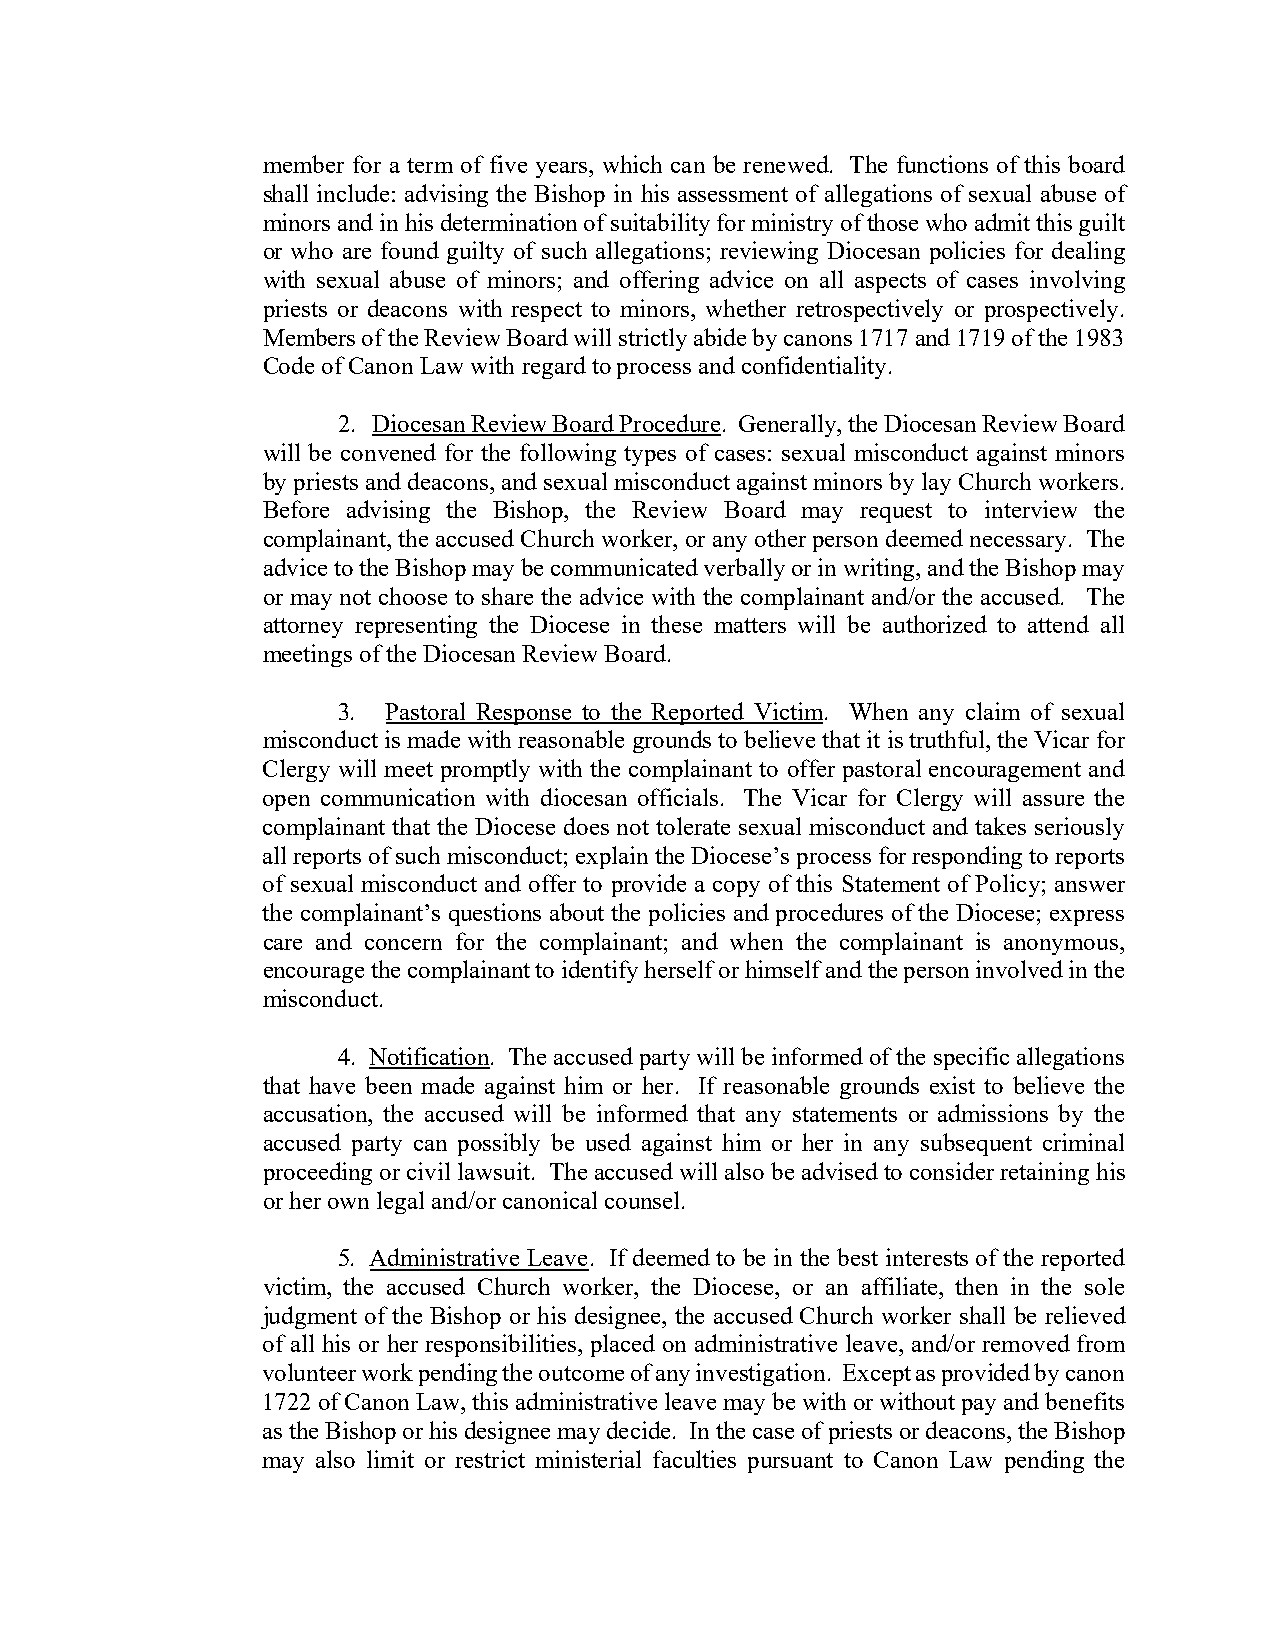
member for a term of five years, which can be renewed. The functions of this board
 shall include: advising the Bishop in his assessment of allegations of sexual abuse of
 minors and in his determination of suitability for ministry of those who admit this guilt
 or who are found guilty of such allegations; reviewing Diocesan policies for dealing
 with sexual abuse of minors; and offering advice on all aspects of cases involving
 priests or deacons with respect to minors, whether retrospectively or prospectively.
 Members of the Review Board will strictly abide by canons 1717 and 1719 of the 1983
 Code of Canon Law with regard to process and confidentiality.
 2. Diocesan Review Board Procedure. Generally, the Diocesan Review Board
 will be convened for the following types of cases: sexual misconduct against minors
 by priests and deacons, and sexual misconduct against minors by lay Church workers.
 Before advising the Bishop, the Review Board may request to interview the
 complainant, the accused Church worker, or any other person deemed necessary. The
 advice to the Bishop may be communicated verbally or in writing, and the Bishop may
 or may not choose to share the advice with the complainant and/or the accused. The
 attorney representing the Diocese in these matters will be authorized to attend all
 meetings of the Diocesan Review Board.
 3.  Pastoral Response to the Reported Victim. When any claim of sexual
 misconduct is made with reasonable grounds to believe that it is truthful, the Vicar for
 Clergy will meet promptly with the complainant to offer pastoral encouragement and
 open communication with diocesan officials. The Vicar for Clergy will assure the
 complainant that the Diocese does not tolerate sexual misconduct and takes seriously
 all reports of such misconduct; explain the Diocese’s process for responding to reports
 of sexual misconduct and offer to provide a copy of this Statement of Policy; answer
 the complainant’s questions about the policies and procedures of the Diocese; express
 care and concern for the complainant; and when the complainant is anonymous,
 encourage the complainant to identify herself or himself and the person involved in the
 misconduct.
 4. Notification. The accused party will be informed of the specific allegations
 that have been made against him or her. If reasonable grounds exist to believe the
 accusation, the accused will be informed that any statements or admissions by the
 accused party can possibly be used against him or her in any subsequent criminal
 proceeding or civil lawsuit. The accused will also be advised to consider retaining his
 or her own legal and/or canonical counsel.
 5. Administrative Leave. If deemed to be in the best interests of the reported
 victim, the accused Church worker, the Diocese, or an affiliate, then in the sole
 judgment of the Bishop or his designee, the accused Church worker shall be relieved
 of all his or her responsibilities, placed on administrative leave, and/or removed from
 volunteer work pending the outcome of any investigation. Except as provided by canon
 1722 of Canon Law, this administrative leave may be with or without pay and benefits
 as the Bishop or his designee may decide. In the case of priests or deacons, the Bishop
 may also limit or restrict ministerial faculties pursuant to Canon Law pending the